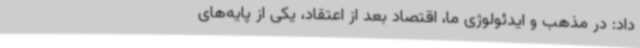
داد: در مذهب و ایدئولوژی ما، اقتصاد بعد از اعتقاد، یکی از پایه‌های